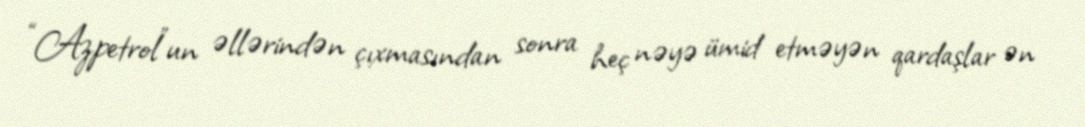
“Azpetrol”un əllərindən çıxmasından sonra heç nəyə ümid etməyən qardaşlar ən